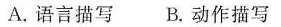
A.语言描写B.动作描写